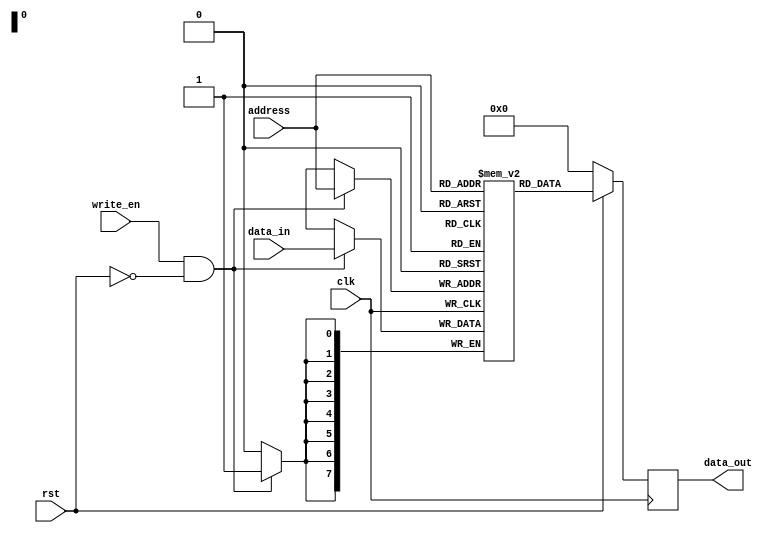
module EPROM (
   input wire clk,
   input wire rst,
   input wire [7:0] address,
   input wire write_en,
   input wire [7:0] data_in,
   output reg [7:0] data_out
);

reg [7:0] memory [0:255]; // 256 bytes of memory

// read operation
always @(posedge clk) begin
   if (!rst) begin
      data_out <= 8'h00; // default output value
   end else begin
      data_out <= memory[address];
   end
end

// write operation
always @(posedge clk) begin
   if (write_en && !rst) begin
      memory[address] <= data_in;
   end
end

endmodule